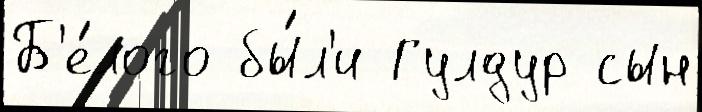
Б'е́лого бы́л'и Гулдур сын